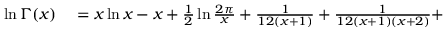
\begin{array} { r l } { \ln \Gamma ( x ) } & { { } = x \ln x - x + { \frac { 1 } { 2 } } \ln { \frac { 2 \pi } { x } } + { \frac { 1 } { 1 2 ( x + 1 ) } } + { \frac { 1 } { 1 2 ( x + 1 ) ( x + 2 ) } } + } \end{array}